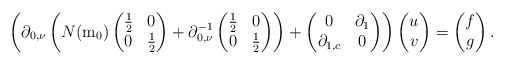
\begin{align*}\left(\partial_{0,\nu}\left(N(\mathrm{m}_{0})\begin{pmatrix}\frac{1}{2} & 0\\0 & \frac{1}{2}\end{pmatrix}+\partial_{0,\nu}^{-1}\begin{pmatrix}\frac{1}{2} & 0\\0 & \frac{1}{2}\end{pmatrix}\right)+\begin{pmatrix}0 & \partial_{1}\\\partial_{1,c} & 0\end{pmatrix}\right)\begin{pmatrix}u\\v\end{pmatrix}=\begin{pmatrix}f\\g\end{pmatrix}.\end{align*}